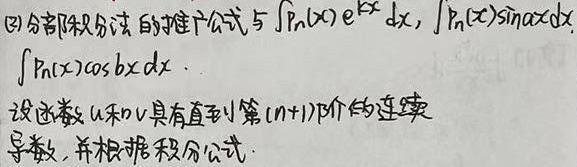
(2)分部积分法的推广公式与\(\int P_{n}(x)e^{kx}\mathrm{d}x\)，\(\int P_{n}(x)\sin ax\mathrm{d}x\)，
\(\int P_{n}(x)\cos bx\mathrm{d}x\)．
设函数\(u\)和\(v\)具有直到第\((n + 1)\)阶的连续
导数，并根据积分公式